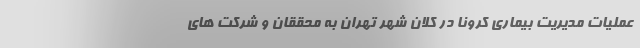
عملیات مدیریت بیماری کرونا در کلان شهر تهران به محققان و شرکت های